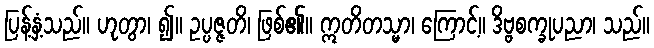
ပြန့်နှံ့သည်။ ဟုတွာ၊ ၍။ ဥပ္ပဇ္ဇတိ၊ ဖြစ်၏။ ဣတိတသ္မာ၊ ကြောင့်။ ဒိဗ္ဗစက္ခုပညာ၊ သည်။